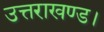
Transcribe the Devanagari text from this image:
उत्तराखण्ड।